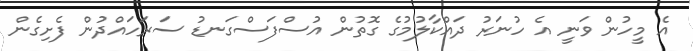
އެ މީހުން ވަނީ އެ ހުނަރު ދައްކާލުމުގެ ގޮތުން އުސްފަސްގަނޑު ސަރަހައްދުން ފެށިގެން